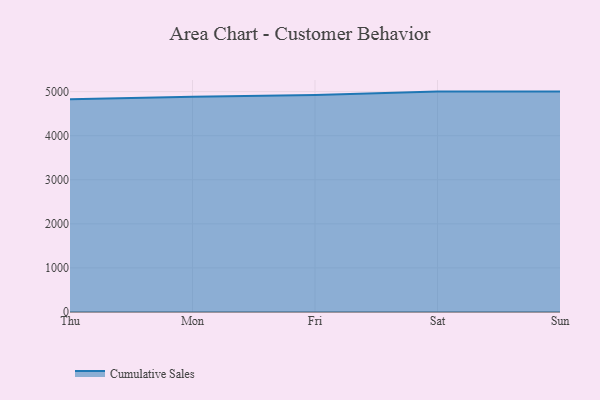
{"axis": {"x": "Day", "y": "Demand Index"}, "legend": ["Cumulative Sales"], "data": [{"x": "Thu", "y": 4827.1, "type": "Cumulative Sales"}, {"x": "Mon", "y": 4883.4, "type": "Cumulative Sales"}, {"x": "Fri", "y": 4920.2, "type": "Cumulative Sales"}, {"x": "Sat", "y": 5000, "type": "Cumulative Sales"}, {"x": "Sun", "y": 5000, "type": "Cumulative Sales"}]}